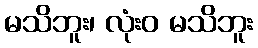
မသိဘူး၊ လုံးဝ မသိဘူး